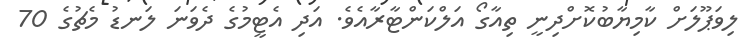
ލިވަޕޫލަށް ކާމިޔާބުކޮށްދިނީ ތިއާގޯ އަލްކަންޓާރާއެވެ. އަދި އެޓީމުގެ ދެވަނަ ލަނޑު މެޗުގެ 70